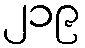
၂၁၉